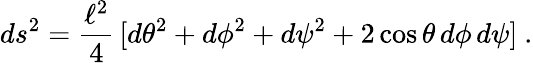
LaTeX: ds^{2}={\frac{\ell^{2}}{4}}\, [d\theta^{2}+d\phi^{2}+d\psi^{2}+2\cos\theta\, d\phi\, d\psi]\ .